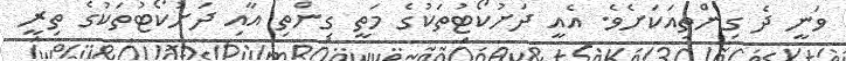
ވަނީ ދެ ގިންތިއަކަށެވެ. އެއީ ދަށުކޯޓުތަކުގެ މަތީ ގިންތި އާއި ދަށުކޯޓުތަކުގެ ތިރީ